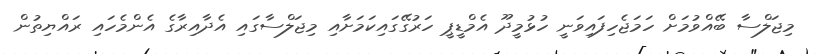
މިޖަލްސާ ބޭއްވުމަށް ހަމަޖެހިފައިވަނީ ހުޅުމީދޫ އެމްޑީޕީ ހަރުގޭގައިކަމަށާއި މިޖަލްސާގައި އެދާއިރާގެ އެންމެހައި ރައްޔިތުން